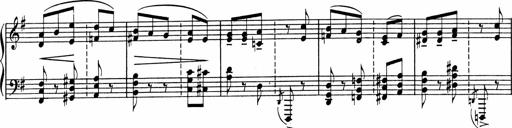
Title: Sonatine pour piano
Composer: Albert Roussel